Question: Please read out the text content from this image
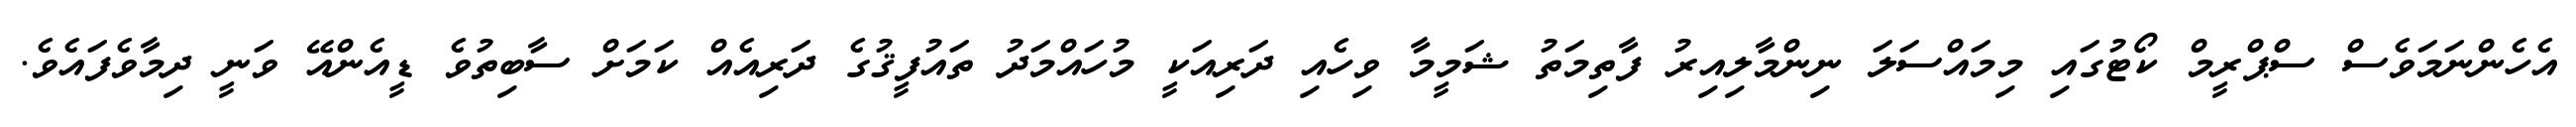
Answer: އެހެންނަމަވެސް ސްޕްރީމް ކޯޓުގައި މިމައްސަލަ ނިންމާލިއިރު ފާތިމަތު ޝަމީމާ ވިހެއި ދަރިއަކީ މުހައްމަދު ތައުފީޤުގެ ދަރިއެއް ކަމަށް ސާބިތުވެ ޑީއެންއޭ ވަނީ ދިމާވެފައެވެ.